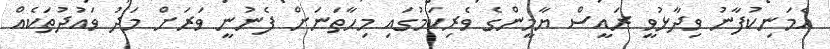
އެމަނިކުފާނު ވިދާޅުވީ ރައީސް ޔާމީންގެ ވެރިކަމުގައި މިހާތަނަށް ފެނުނީ ވަރަށް މަދު ވައުދުތަކެއް